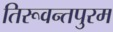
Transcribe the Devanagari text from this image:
तिरूवन्तपुरम